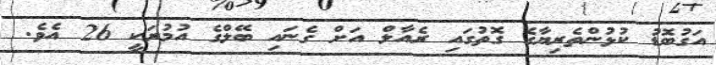
އަގުބޮޑު ކުޅުންތެރިޔާގެ ގޮތުގައި ރެއާލް އަށް ގެނައި ބޭލްގެ އުމުރަކީ 26 އެވެ.